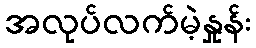
အလုပ်လက်မဲ့နှုန်း